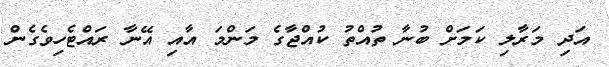
އަދި މަރާލި ކަމަށް ބުނާ ތުއްތު ކުއްޖާގެ މަންމަ އާއި އޭނާ ރައްޓެހިވެގެން